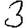
Digit: 3